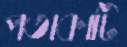
পতাকাটি